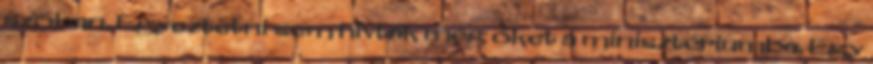
szóban. Egyeztetni sem hívták még őket a minisztériumba. Egy